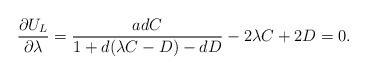
LaTeX: \begin{align*}\frac{\partial U_{L}}{\partial \lambda} = \frac{a d C}{1+ d (\lambda C - D) - d D} - 2 \lambda C + 2 D = 0.\end{align*}